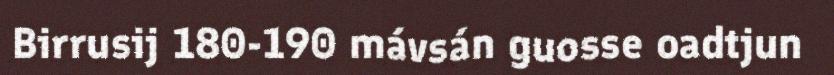
Birrusij 180-190 mávsán guosse oadtjun